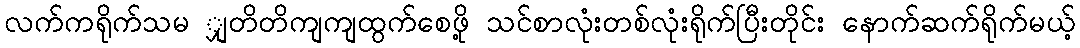
လက်ကရိုက်သမ ျှတိတိကျကျထွက်စေဖို့ သင်စာလုံးတစ်လုံးရိုက်ပြီးတိုင်း နောက်ဆက်ရိုက်မယ့်